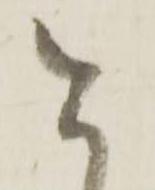
今